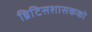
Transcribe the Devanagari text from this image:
ब्रिटिसशासकको